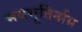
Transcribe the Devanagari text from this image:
भवभूतिर्नाम